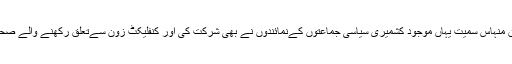
اس موقع پروزیراطلاعات آزادکشمیرمشتاق منہاس سمیت یہاں موجود کشمیری سیاسی جماعتوں کےنمائندوں نے بھی شرکت کی اور کنفلیکٹ زون سےتعلق رکھنے والے صحافیوں سےتوقعات پرسیرحاصل گفتگو کی۔